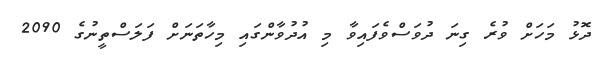
ދޮޅު މަހަށް ވުރެ ގިނަ ދުވަސްވެފައިވާ މި އުދުވާންގައި މިހާތަނަށް ފަލަސްތީނުގެ 2090